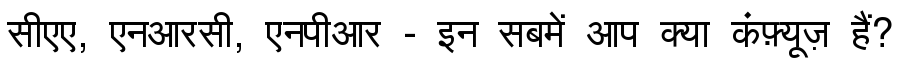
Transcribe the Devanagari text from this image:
सीएए, एनआरसी, एनपीआर - इन सबमें आप क्या कंफ़्यूज़ हैं?